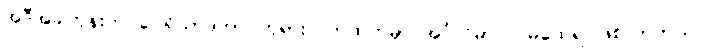
အဲဒီအခါတုန်းက ပေါရိသာဒဟာ ဘုရားလက်ထက်မှာ အင်္ဂုလိမာလ မထေရ် ဖြစ်လာတယ်၊